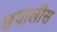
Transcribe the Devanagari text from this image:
छयालीस